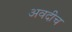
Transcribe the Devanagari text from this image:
अवदीच